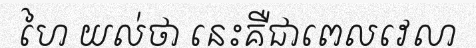
ហៃ យល់ថា នេះគឺជាពេលវេលា